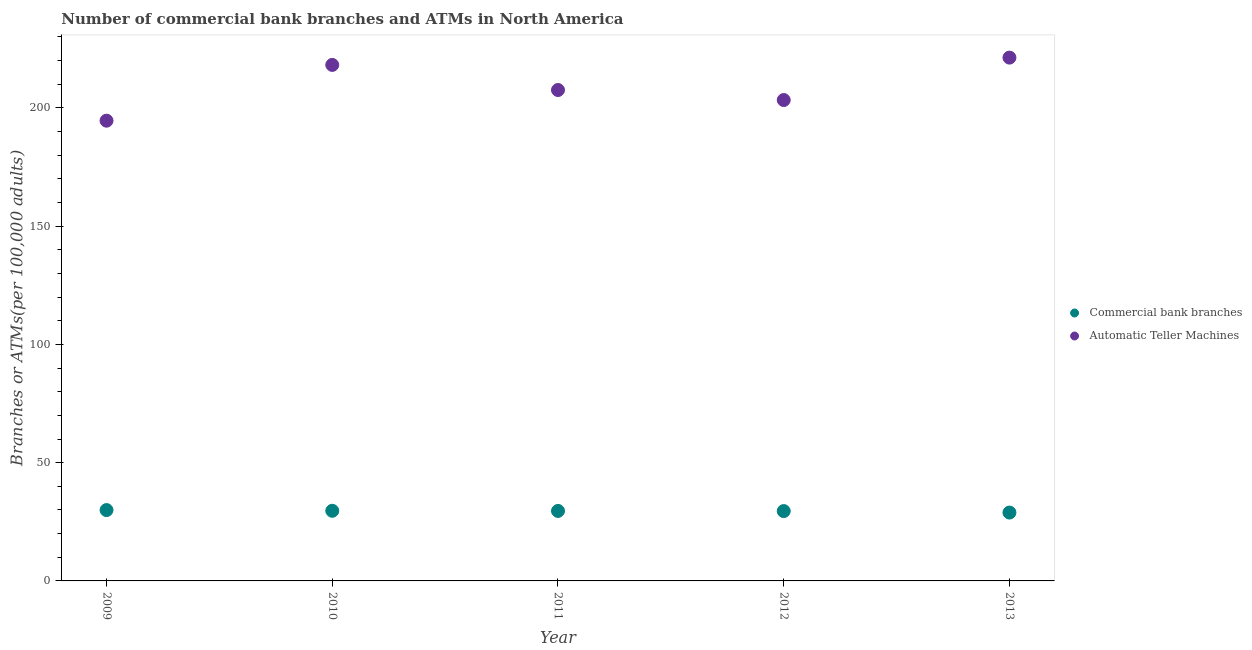
| Year | Commercial bank branches | Automatic Teller Machines |
 | --- | --- | --- |
 | 2009 | 30 | 195 |
 | 2010 | 29.7 | 218 |
 | 2011 | 29.6 | 208 |
 | 2012 | 29.5 | 203 |
 | 2013 | 28.9 | 221 |